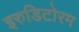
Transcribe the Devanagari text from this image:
इरुडिटोरम